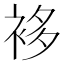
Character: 袳